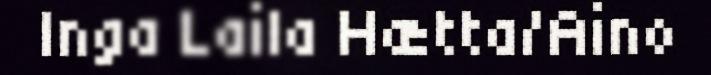
Inga Laila Hætta/Aino